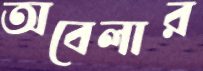
অবেলার